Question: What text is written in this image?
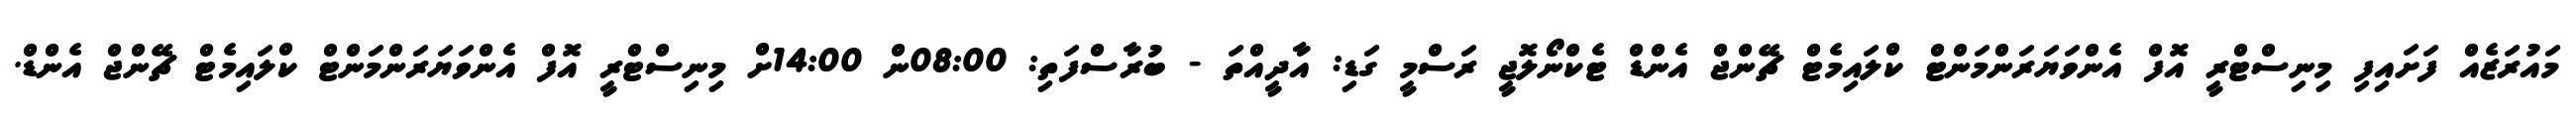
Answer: މައުރަޒެއް ފަށައިފި މިނިސްޓްރީ އޮފް އެންވަޔަރަންމަންޓް ކްލައިމެޓް ޗޭންޖް އެންޑް ޓެކްނޯލޮޖީ ރަސްމީ ގަޑި: އާދީއްތަ - ބުރާސްފަތި: 08:00ން 14:00ށް މިނިސްޓްރީ އޮފް އެންވަޔަރަންމަންޓް ކްލައިމެޓް ޗޭންޖް އެންޑް.